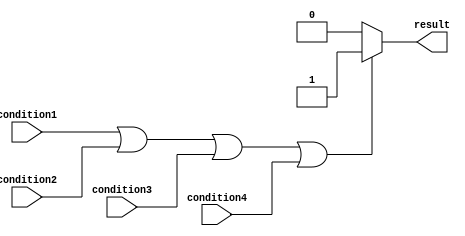
module if_else_logical_OR (
    input wire condition1,
    input wire condition2,
    input wire condition3,
    input wire condition4,
    output reg result
);

always @* begin
    if (condition1 || condition2 || condition3 || condition4) begin
        result = 1; // if any condition is true
    end else begin
        result = 0; // if all conditions are false
    end
end

endmodule